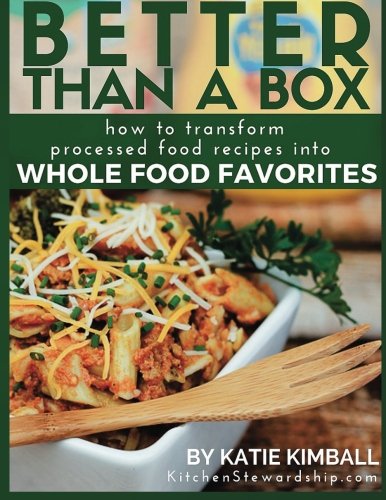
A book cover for Better Than a Box: How to Transform Processed Food Recipes Into Whole Foods Favorites; Katie Kimball; Cookbooks, Food & Wine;